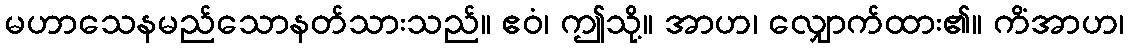
မဟာသေနမည်သောနတ်သားသည်။ ဧဝံ၊ ဤသို့။ အာဟ၊ လျှောက်ထား၏။ ကိံအာဟ၊